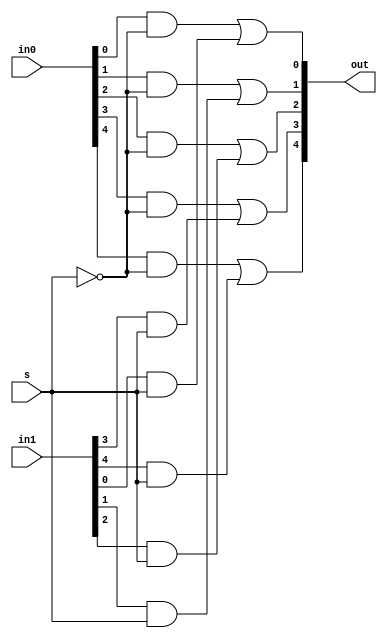
module mux_5bit(out, s, in0, in1);
	input[4:0] in0, in1;
	output[4:0] out;
	input s;
	
	wire snot;
	wire[4:0] w1,w2;
	
	not n1(snot,s);
		
		
	// First And Gate for 0th poistion
	genvar i;
	generate
		for(i=0; i<5; i = i+1) begin : andgate1
			and ai (w1[i],in0[i],snot);
		end
	endgenerate
	
	// Second And Gate for 1st poistion	
	genvar j;
	generate
		for(j=0; j<5; j = j+1) begin : andgate2
			and aj (w2[j],in1[j], s);
		end
	endgenerate
	
	
	//Final Or Gate
	genvar k;
	generate
		for(k=0; k<5; k = k+1) begin : orgate
			or ok (out[k],w1[k],w2[k]);
		end
	endgenerate 
	
endmodule